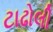
ટાઢોલી